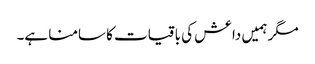
مگر ہمیں داعش کی باقیات کا سامنا ہے۔